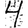
Digit: 4